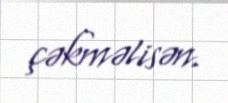
çəkməlisən.